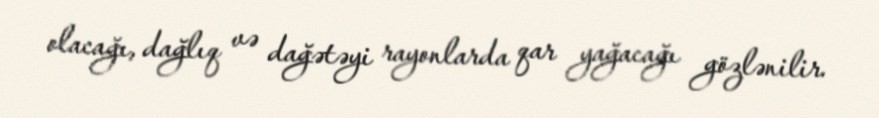
olacağı, dağlıq və dağətəyi rayonlarda qar yağacağı gözlənilir.